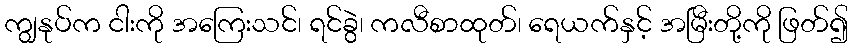
ကျွနုပ်က ငါးကို အကြေးသင်၊ ရင်ခွဲ၊ ကလီစာထုတ်၊ ရေယက်နှင့် အမြီးတို့ကို ဖြတ်၍